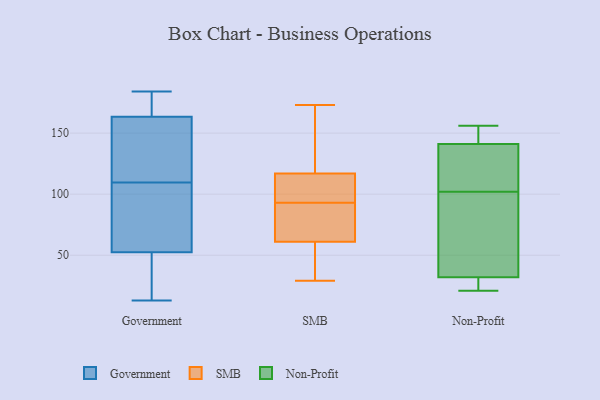
{"axis": {"x": "Headcount", "y": "Value"}, "legend": ["Government", "Non-Profit", "SMB"], "data": [{"x": "", "y": 13, "type": "Government"}, {"x": "", "y": 176, "type": "Government"}, {"x": "", "y": 91, "type": "Government"}, {"x": "", "y": 151, "type": "Government"}, {"x": "", "y": 162, "type": "Government"}, {"x": "", "y": 128, "type": "Government"}, {"x": "", "y": 47, "type": "Government"}, {"x": "", "y": 165, "type": "Government"}, {"x": "", "y": 58, "type": "Government"}, {"x": "", "y": 83, "type": "Government"}, {"x": "", "y": 184, "type": "Government"}, {"x": "", "y": 34, "type": "Government"}, {"x": "", "y": 173, "type": "SMB"}, {"x": "", "y": 108, "type": "SMB"}, {"x": "", "y": 143, "type": "SMB"}, {"x": "", "y": 112, "type": "SMB"}, {"x": "", "y": 29, "type": "SMB"}, {"x": "", "y": 171, "type": "SMB"}, {"x": "", "y": 118, "type": "SMB"}, {"x": "", "y": 60, "type": "SMB"}, {"x": "", "y": 73, "type": "SMB"}, {"x": "", "y": 101, "type": "SMB"}, {"x": "", "y": 114, "type": "SMB"}, {"x": "", "y": 43, "type": "SMB"}, {"x": "", "y": 65, "type": "SMB"}, {"x": "", "y": 93, "type": "SMB"}, {"x": "", "y": 169, "type": "SMB"}, {"x": "", "y": 57, "type": "SMB"}, {"x": "", "y": 69, "type": "SMB"}, {"x": "", "y": 64, "type": "SMB"}, {"x": "", "y": 52, "type": "SMB"}, {"x": "", "y": 141, "type": "Non-Profit"}, {"x": "", "y": 31, "type": "Non-Profit"}, {"x": "", "y": 32, "type": "Non-Profit"}, {"x": "", "y": 94, "type": "Non-Profit"}, {"x": "", "y": 145, "type": "Non-Profit"}, {"x": "", "y": 21, "type": "Non-Profit"}, {"x": "", "y": 110, "type": "Non-Profit"}, {"x": "", "y": 85, "type": "Non-Profit"}, {"x": "", "y": 156, "type": "Non-Profit"}, {"x": "", "y": 131, "type": "Non-Profit"}]}